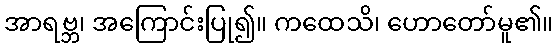
အာရဗ္ဘ၊ အကြောင်းပြု၍။ ကထေသိ၊ ဟောတော်မူ၏။